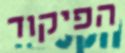
הפיקוד